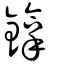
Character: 鎿